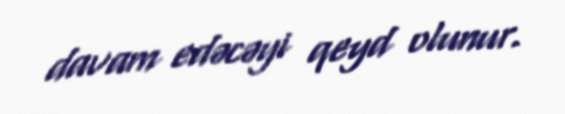
davam edəcəyi qeyd olunur.